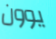
يوون